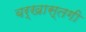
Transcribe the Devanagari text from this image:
बर्खास्‍तगी